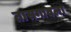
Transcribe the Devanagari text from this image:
तासगावला